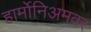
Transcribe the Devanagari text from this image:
हार्मोनिअमवर